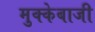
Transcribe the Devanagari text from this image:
मुक्‍केबाजी